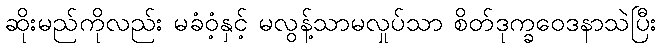
ဆိုးမည်ကိုလည်း မခံဝံ့နှင့် မလွန့်သာမလှုပ်သာ စိတ်ဒုက္ခဝေဒနာသဲပြီး